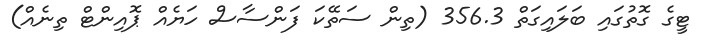
ޓީގެ ގޮތުގައި ބަލައިގަތް 356.3 (ތިން ސަތޭކަ ފަންސާސް ހަޔެއް ޕޮއިންޓް ތިނެއް)